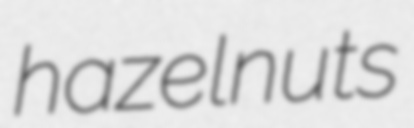
hazelnuts